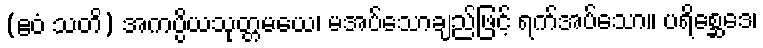
(ဧဝံ သတိ) အကပ္ပိယသုတ္တမယေ၊ မအပ်သောချည်ဖြင့် ရက်အပ်သော။ ပရိစ္ဆေဒေ၊